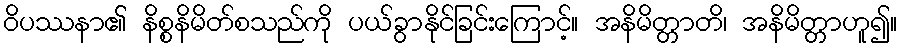
ဝိပဿနာ၏ နိစ္စနိမိတ်စသည်ကို ပယ်ခွာနိုင်ခြင်းကြောင့်။ အနိမိတ္တာတိ၊ အနိမိတ္တာဟူ၍။